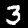
Digit: 3